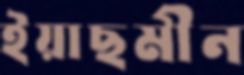
ইয়াছমীন